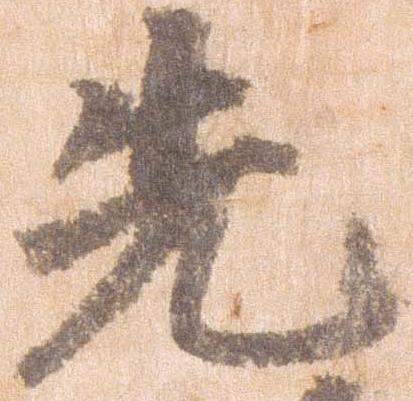
先